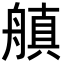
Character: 𬜘